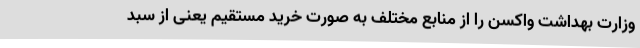
وزارت بهداشت واکسن را از منابع مختلف به صورت خرید مستقیم یعنی از سبد